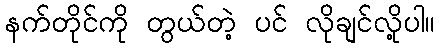
နက်တိုင်ကို တွယ်တဲ့ ပင် လိုချင်လို့ပါ။